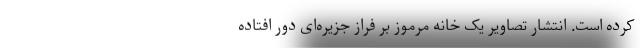
کرده است. انتشار تصاویر یک خانه مرموز بر فراز جزیره‌ای دور افتاده